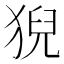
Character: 猊